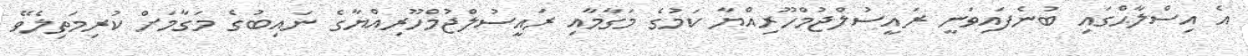
އެ އިސްލާޙްގައި ބުނެފައިވަނީ ރައީސުލްޖުމްހޫރިއްޔާ ކަމުގެ މަގާމާއި ރައީސުލްޖުމްހޫރިއްޔާގެ ނައިބުގެ މަގާމަށް ކުރިމަތިލެވޭ